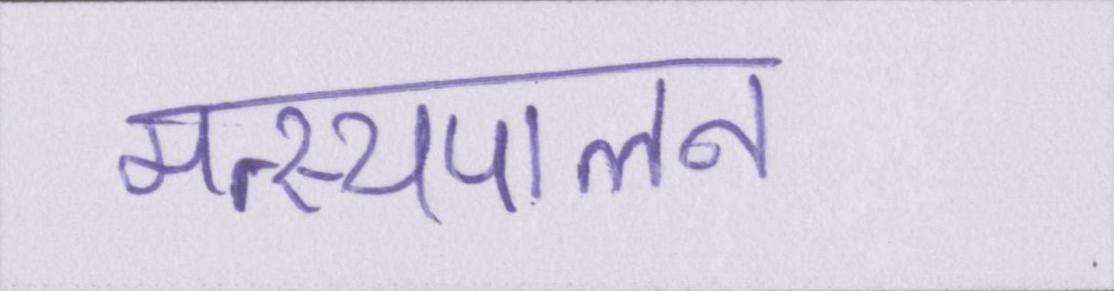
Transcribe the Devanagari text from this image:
मत्स्यपालन